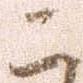
こ